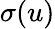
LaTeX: \sigma(u)